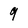
Character: 9